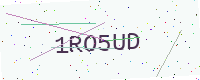
Text: 1RO5UD